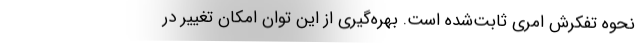
نحوه تفکرش امری ثابت‌شده است. بهره‌گیری از این توان امکان تغییر در